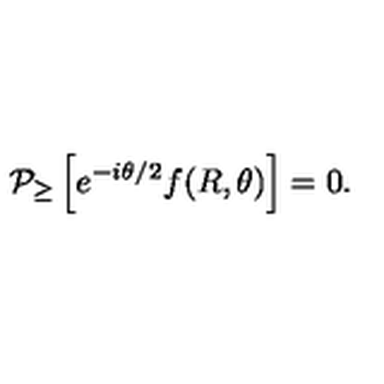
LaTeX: { \cal P } _ { \geq } \left[ e ^ { - i \theta / 2 } f ( R , \theta ) \right] = 0 .